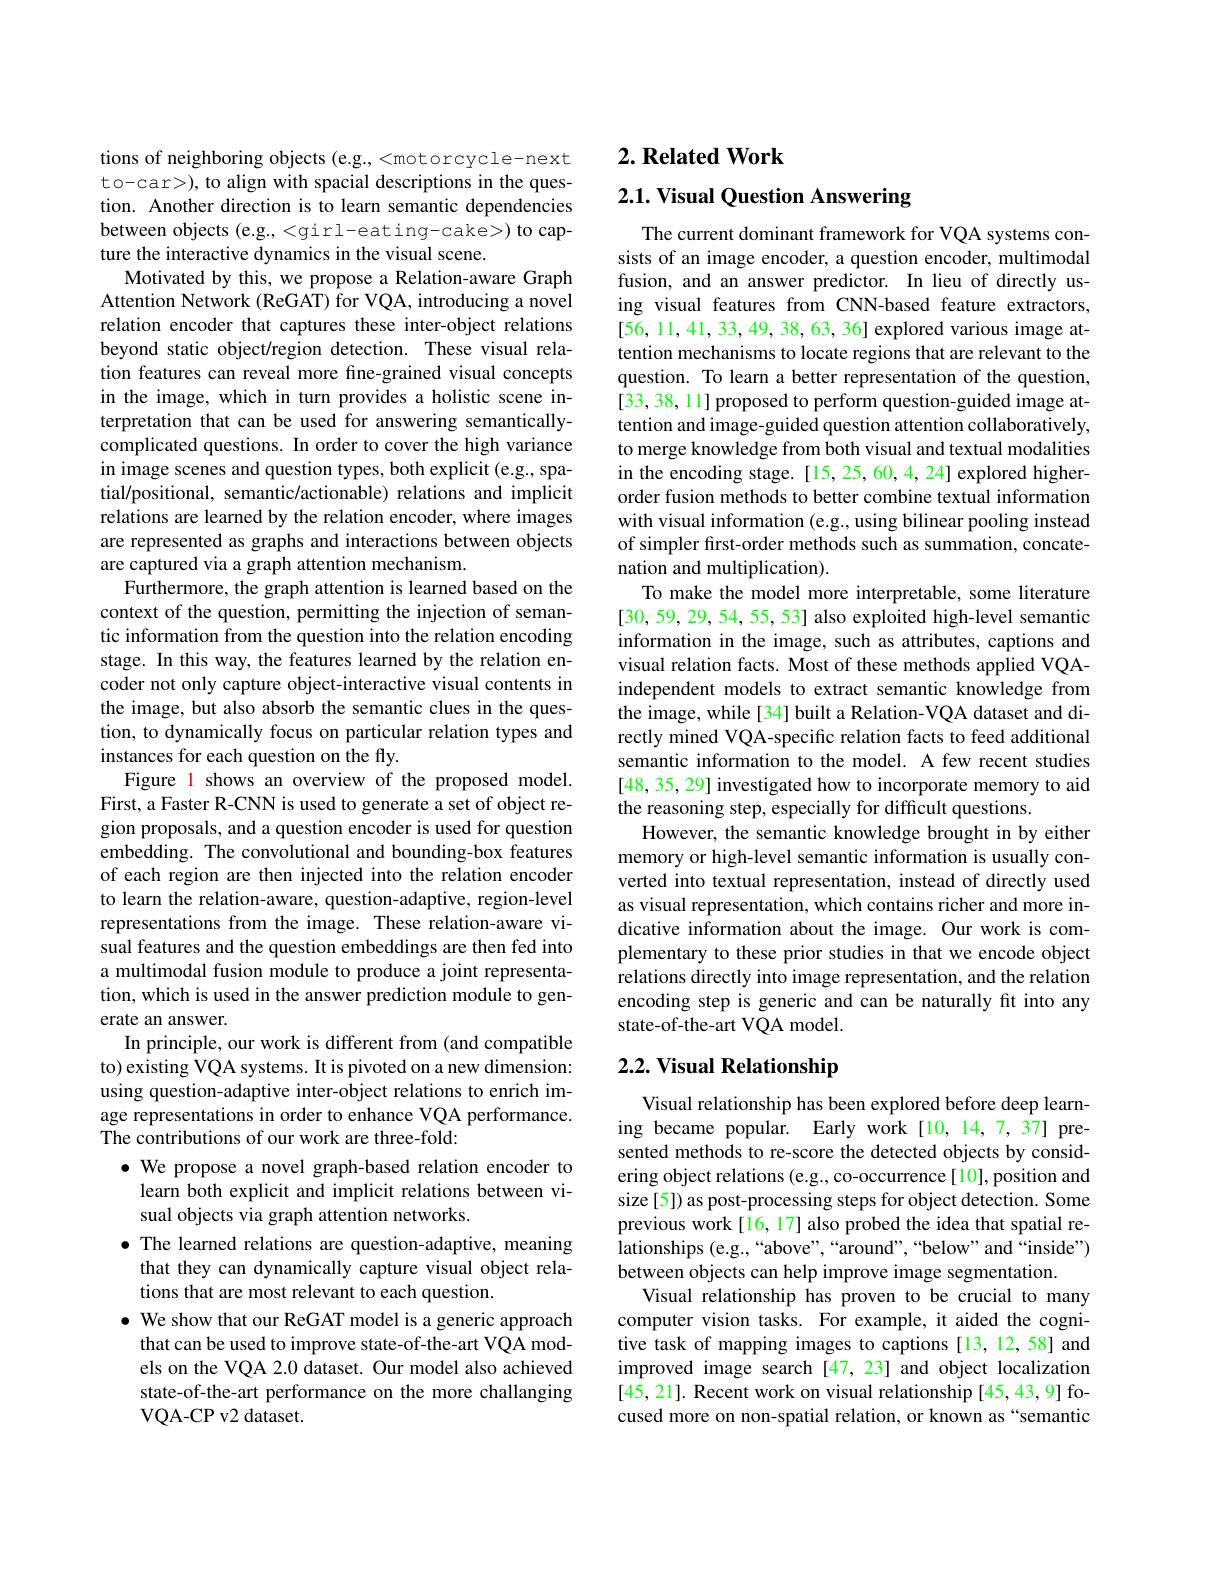
tions of neighboring objects (e.g.,<motorcycle-next to-car>), to align with spacial descriptions in the question. Another direction is to learn semantic dependencies between objects (e.g., <girl-eating-cake>) to capture the interactive dynamics in the visual scene.
Motivated by this, we propose a Relation-aware Graph Attention Network (ReGAT) for VQA, introducing a novel relation encoder that captures these inter-object relations beyond static object/region detection. These visual relation features can reveal more fine-grained visual concepts in the image, which in turn provides a holistic scene interpretation that can be used for answering semanticallycomplicated questions. In order to cover the high variance in image scenes and question types, both explicit (e.g., spatial/positional, semantic/actionable) relations and implicit relations are learned by the relation encoder, where images are represented as graphs and interactions between objects are captured via a graph attention mechanism.
Furthermore, the graph attention is learned based on the context of the question, permitting the injection of semantic information from the question into the relation encoding stage. In this way, the features learned by the relation encoder not only capture object-interactive visual contents in the image, but also absorb the semantic clues in the question, to dynamically focus on particular relation types and instances for each question on the fly.
Figure 1 shows an overview of the proposed model. First, a Faster R-CNN is used to generate a set of object region proposals, and a question encoder is used for question embedding. The convolutional and bounding-box features of each region are then injected into the relation encoder to learn the relation-aware, question-adaptive, region-level representations from the image. These relation-aware visual features and the question embeddings are then fed into a multimodal fusion module to produce a joint representation, which is used in the answer prediction module to generate an answer.
In principle, our work is different from (and compatible to) existing VQA systems. It is pivoted on a new dimension: using question-adaptive inter-object relations to enrich image representations in order to enhance VQA performance. The contributions of our work are three-fold:
$\bullet$ We propose a novel graph-based relation encoder to
learn both explicit and implicit relations between vi-
sual objects via graph attention networks.
$\bullet$ The learned relations are question-adaptive, meaning
that they can dynamically capture visual object rela-
tions that are most relevant to each question.
$\bullet$ We show that our ReGAT model is a generic approach
that can be used to improve state-of-the-art VQA models on the VQA 2.0 dataset. Our model also achieved state-of-the-art performance on the more challanging VQA-CP v2 dataset.

# 2. Related Work

2.1. Visual Question Answering

The current dominant framework for VQA systems consists of an image encoder, a question encoder, multimodal fusion, and an answer predictor. In lieu of directly using visual features from CNN-based feature extractors, [56,11,41,33,49,38,63,36] explored various image attention mechanisms to locate regions that are relevant to the question. To learn a better representation of the question, [33, 38, 11] proposed to perform question-guided image attention and image-guided question attention collaboratively, to merge knowledge from both visual and textual modalities in the encoding stage. [15, 25, 60, 4, 24] explored higherorder fusion methods to better combine textual information with visual information (e.g., using bilinear pooling instead of simpler first-order methods such as summation, concatenation and multiplication).
To make the model more interpretable, some literature [30,59,29,54,55,53] also exploited high-level semantic information in the image, such as attributes, captions and visual relation facts. Most of these methods applied VQAindependent models to extract semantic knowledge from the image, while[34] built a Relation-VQA dataset and directly mined VQA-specific relation facts to feed additional semantic information to the model. A few recent studies [48, 35, 29] investigated how to incorporate memory to aid the reasoning step, especially for difficult questions.
However, the semantic knowledge brought in by either memory or high-level semantic information is usually converted into textual representation, instead of directly used as visual representation, which contains richer and more indicative information about the image. Our work is complementary to these prior studies in that we encode object relations directly into image representation, and the relation encoding step is generic and can be naturally fit into any state-of-the-art VQA model. 2.2. Visual Relationship

Visual relationship has been explored before deep learning became popular. Early work[10,14,7,37] presented methods to re-score the detected objects by considering object relations (e.g., co-occurrence[10], position and size [5]) as post-processing steps for object detection. Some previous work[16, 17] also probed the idea that spatial re- $\hat{\text{lationships (e.g.,“above”,“around",“below"and“inside")}}$ between objects can help improve image segmentation.
Visual relationship has proven to be crucial to many computer vision tasks. For example, it aided the cognitive task of mapping images to captions [13,12,58] and improved image search [47,23] and object localization [45, 21]. Recent work on visual relationship [45, 43, 9] focused more on non-spatial relation, or known as “semantic